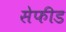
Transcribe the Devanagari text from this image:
सेफीड